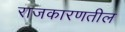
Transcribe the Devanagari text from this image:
राजकारणतील